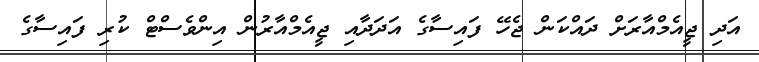
އަދި ޖީއެމްއާރަށް ދައްކަން ޖެހޭ ފައިސާގެ އަދަދާއި ޖީއެމްއާރުން އިންވެސްޓް ކުރި ފައިސާގެ